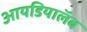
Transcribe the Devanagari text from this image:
आयडियालॅब